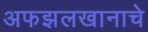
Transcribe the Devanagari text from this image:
अफझलखानाचे